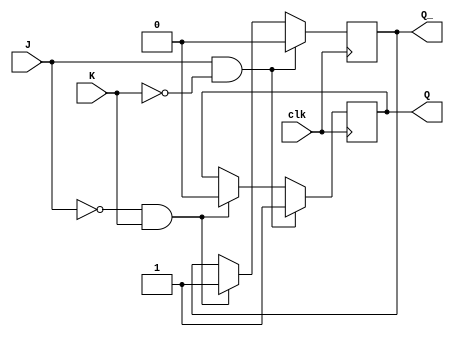
module jk_latch (
    input wire J,
    input wire K,
    input wire clk,
    output reg Q,
    output reg Q_
);

always @(posedge clk) begin
    if (J && !K) begin
        Q <= 1;
        Q_ <= 0;
    end else if (!J && K) begin
        Q <= 0;
        Q_ <= 1;
    end else begin
        Q <= Q;
        Q_ <= Q_;
    end
end

endmodule